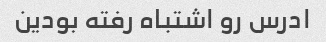
ادرس رو اشتباه رفته بودین